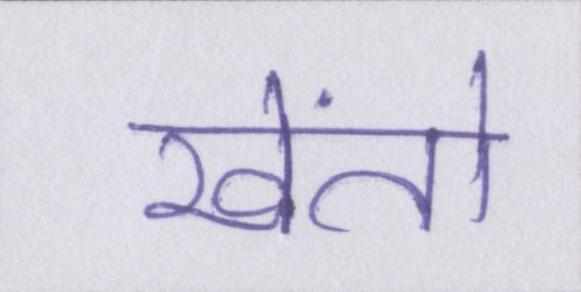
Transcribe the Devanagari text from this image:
खेंतो